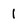
Character: 1